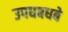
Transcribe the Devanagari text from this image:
उपधबधबे